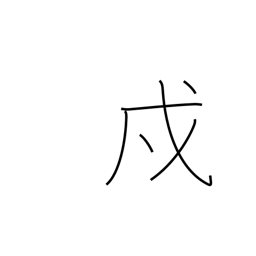
Meaning: protection